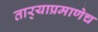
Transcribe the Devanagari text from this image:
तार्‍याप्रमाणेच